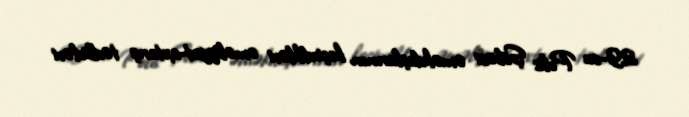
29-cu Polis Şöbəsi əməkdaşlarının keçirdikləri əməliyyat-axtarış tədbirləri